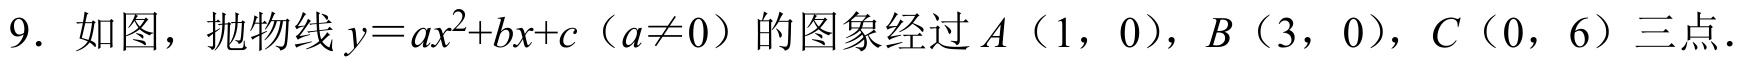
9. 如图，抛物线\(y = ax^{2}+bx + c\)（\(a\neq0\)）的图象经过\(A\)（\(1\)，\(0\)），\(B\)（\(3\)，\(0\)），\(C\)（\(0\)，\(6\)）三点.